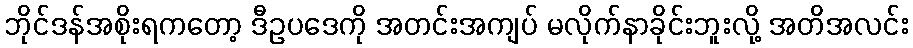
ဘိုင်ဒန်အစိုးရကတော့ ဒီဥပဒေကို အတင်းအကျပ် မလိုက်နာခိုင်းဘူးလို့ အတိအလင်း